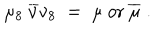
\mu _ { 8 } \: \overline { { { \nu } } } \nu _ { 8 } \; = \; \mu { \mathrm { ~ o r ~ } } \overline { { { \mu } } } \; .